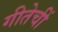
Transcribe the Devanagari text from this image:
गीतेचीं